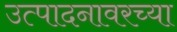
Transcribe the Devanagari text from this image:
उत्पादनावरच्या